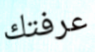
عرفتك